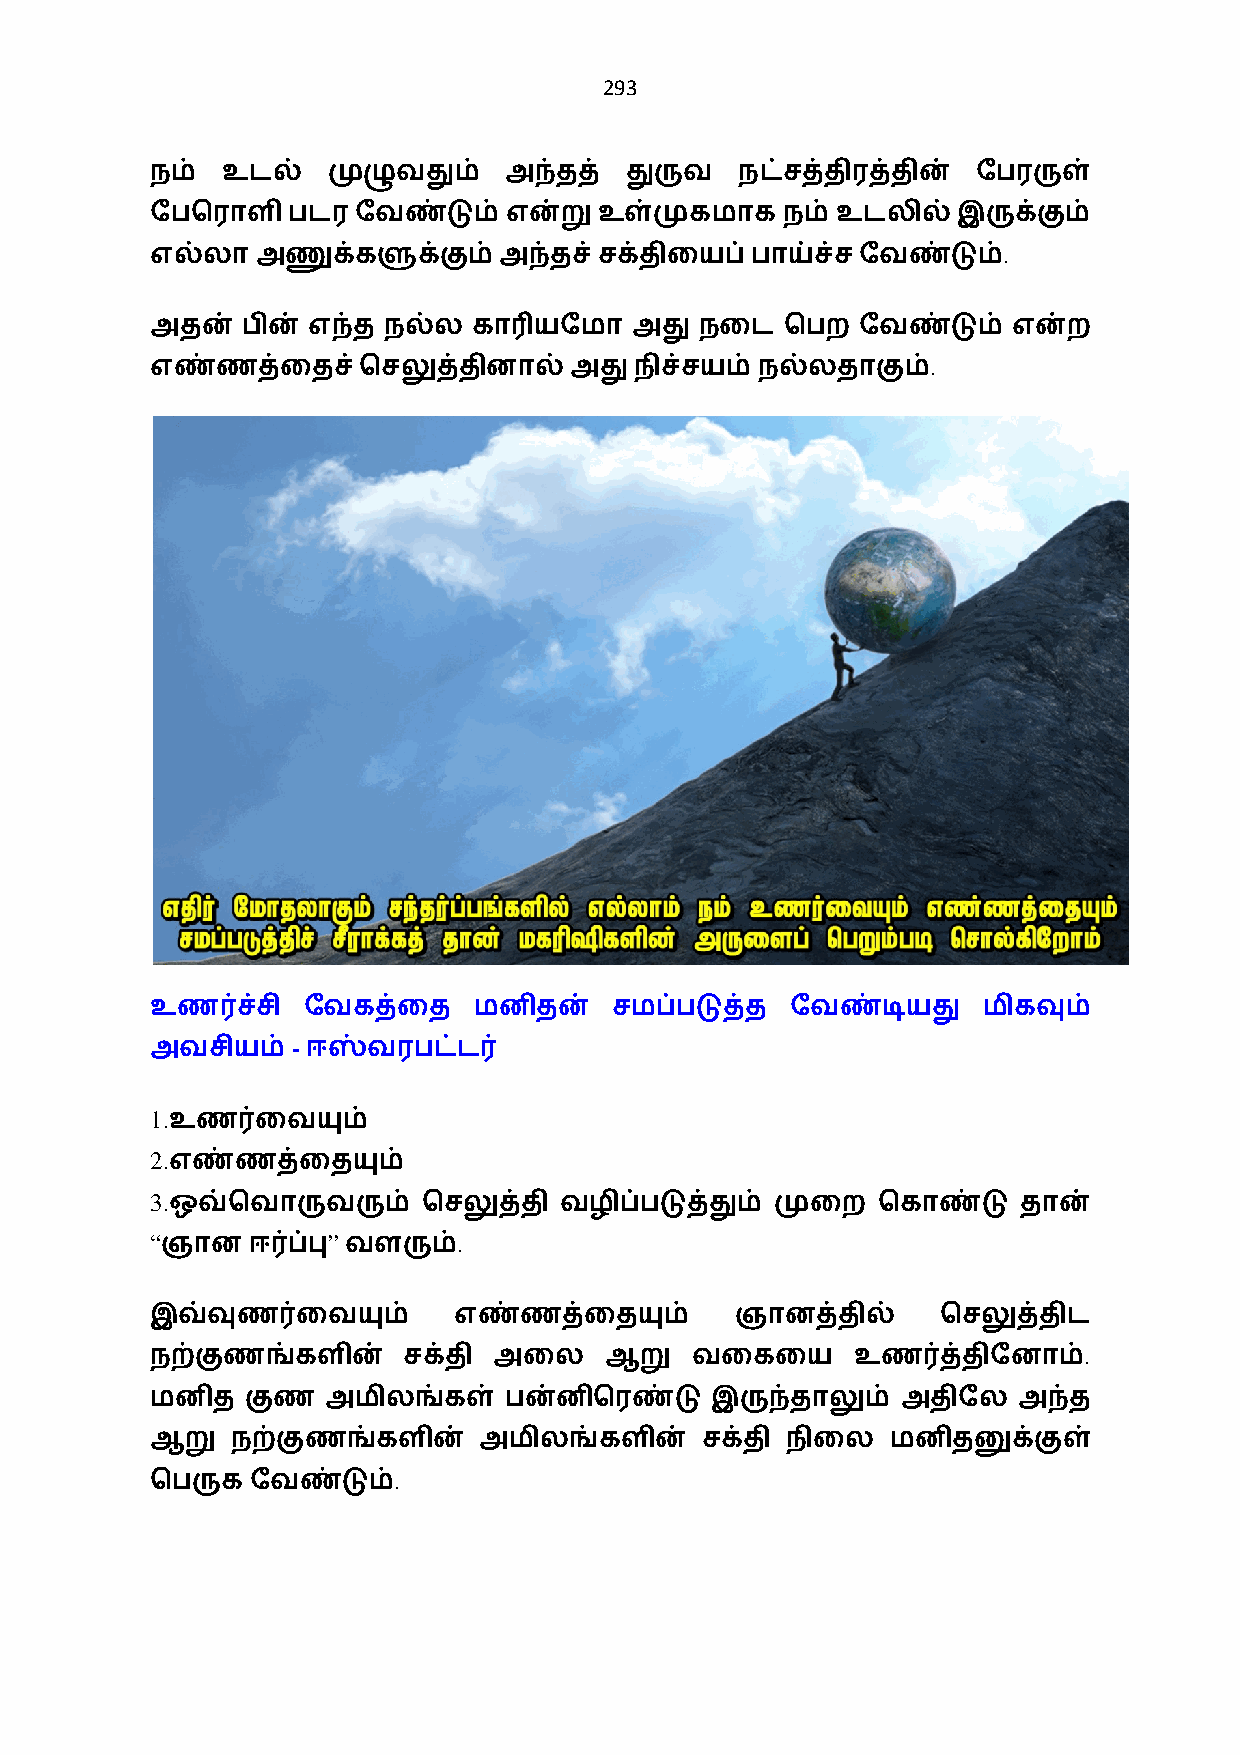
293
 நம்  உடல்   முழுவதும்  அந்தத்  துருவ   நட்சத்திரத்தின் ேபரருள்
 ேபெராளி  படர  ேவண்டும் என்று  உள்முகமாக   நம் உடலில் இருக்கும்
 .
 எல்லாஅணுக்களுக்கும்அந்தச்     சக்திையப்பாய்ச்சேவண்டும்
 அதன்  பின் எந்த நல்ல கா3யேமா    அது நைட   ெபற  ேவண்டும்  என்ற
 .
 எண்ணத்ைதச்ெசலுத்தினால்      அதுநிச்சயம் நல்லதாகும்
 உண0ச்சி   ேவகத்ைத    மனிதன்    சமப்படுத்த ேவண்டியது    மிகவும்
 -
 அவசியம்   ஈஸ்வரபட்ட0
 1.
 உண0ைவயும்
 2.
 எண்ணத்ைதயும்
 3.
 ஒவ்ெவாருவரும்    ெசலுத்தி வழிப்படுத்தும் முைற  ெகாண்டு   தான்
 “           ”       .
 ஞான  ஈ0ப்பு வளரும்
 இவ்வுண0ைவயும்       எண்ணத்ைதயும்       ஞானத்தில்    ெசலுத்திட
 .
 நற்குணங்களின்    சக்தி அைல    ஆறு   வைகைய      உண0த்திேனாம்
 மனித  குண   அமிலங்கள்  பன்னிெரண்டு   இருந்தாலும்  அதிேல  அந்த
 ஆறு  நற்குணங்களின்    அமிலங்களின்   சக்தி நிைல   மனிதனுக்குள்
 .
 ெபருக  ேவண்டும்